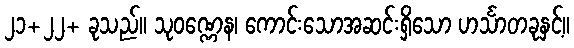
၂၁+၂၂+ ခုသည်။ သုဝဏ္ဏေန၊ ကောင်းသောအဆင်းရှိသော ဟင်္သာတခုနှင့်။